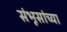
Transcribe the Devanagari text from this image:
संभूसांच्या